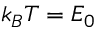
k _ { B } T = E _ { 0 }